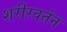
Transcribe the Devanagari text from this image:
शरीरवर्तन